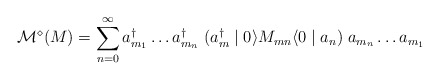
\begin{align*}{\cal M}^{\diamond} (M) = \sum_{n=0}^{\infty} a^{\dagger}_{m_{1}} \ldots a^{\dagger}_{m_{n}} \; (a^{\dagger}_{m} \mid 0 \rangle M_{mn} \langle 0 \mid a_{n}) \; a_{m_{n}} \ldots a_{m_{1}}\end{align*}